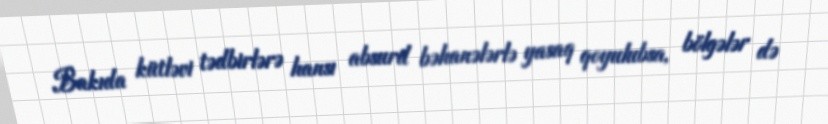
Bakıda kütləvi tədbirlərə hansı absurd bəhanələrlə yasaq qoyulubsa, bölgələr də